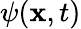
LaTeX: \psi(\mathbf{x},t)